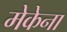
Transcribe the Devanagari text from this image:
मेकेना